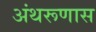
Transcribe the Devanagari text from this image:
अंथरूणास